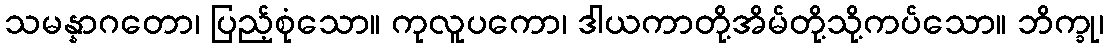
သမန္နာဂတော၊ ပြည့်စုံသော။ ကုလူပကော၊ ဒါယကာတို့အိမ်တို့သို့ကပ်သော။ ဘိက္ခု၊